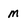
Character: M